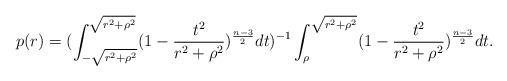
LaTeX: \begin{align*}p(r)=(\int_{-\sqrt{r^2+\rho^2}}^{\sqrt{r^2+\rho^2}}(1-\frac{t^2}{r^2+\rho^2})^{\frac{n-3}{2}}dt)^{-1}\int_{\rho}^{\sqrt{r^2+\rho^2}}(1-\frac{t^2}{r^2+\rho^2})^{\frac{n-3}{2}}dt.\end{align*}